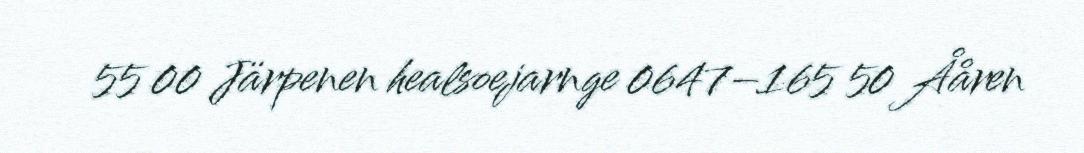
55 00 Järpenen healsoejarnge 0647–165 50 Ååren